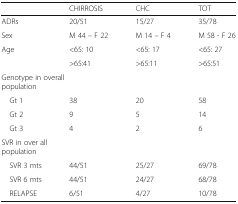
<table><thead><tr><td></td><td><b>CHIRROSIS</b></td><td><b>CHC</b></td><td><b>TOT</b></td></tr></thead><tbody><tr><td>ADRs</td><td>20/51</td><td>15/27</td><td>35/78</td></tr><tr><td>Sex</td><td>M 44 – F 22</td><td>M 14 – F 4</td><td>M 58 - F 26</td></tr><tr><td rowspan="2">Age</td><td>&lt;65: 10</td><td>&lt;65: 17</td><td>&lt;65: 27</td></tr><tr><td>&gt;65:41</td><td>&gt;65:11</td><td>&gt;65:51</td></tr><tr><td colspan="4">Genotype in overall population</td></tr><tr><td> Gt 1</td><td>38</td><td>20</td><td>58</td></tr><tr><td> Gt 2</td><td>9</td><td>5</td><td>14</td></tr><tr><td> Gt 3</td><td>4</td><td>2</td><td>6</td></tr><tr><td colspan="4">SVR in over all population</td></tr><tr><td> SVR 3 mts</td><td>44/51</td><td>25/27</td><td>69/78</td></tr><tr><td> SVR 6 mts</td><td>44/51</td><td>24/27</td><td>68/78</td></tr><tr><td> RELAPSE</td><td>6/51</td><td>4/27</td><td>10/78</td></tr></tbody></table>